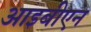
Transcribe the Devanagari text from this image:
आइबीएन